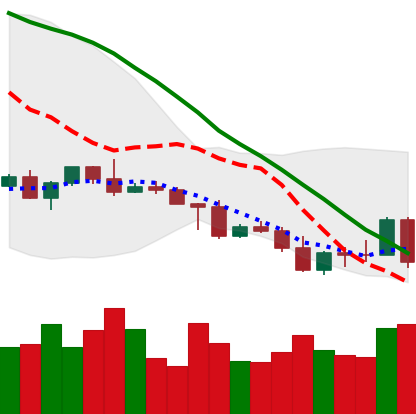
Ticker: NEO-USD
Chart end date: 2022-05-05
Forward return: -19.627%
Label: down_7plus